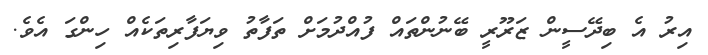
އިރު އެ ބިދޭސީން ޒަރޫރީ ބޭނުންތައް ފުއްދުމަށް ތަފާތު ވިޔަފާރިތަކެއް ހިންގަ އެވެ.